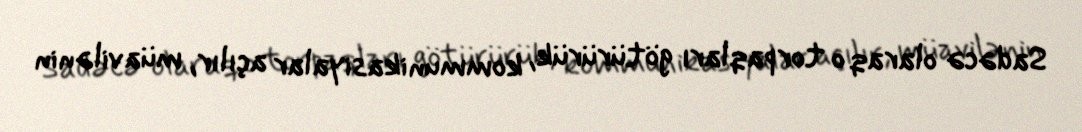
Sadəcə olaraq o torpaqları götürürük, kommunikasiyalar açılır, müavilənin